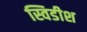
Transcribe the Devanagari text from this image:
स्विडीश